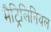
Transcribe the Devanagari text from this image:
मैट्रिलिनियल